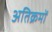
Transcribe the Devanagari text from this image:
अतिक्रमों